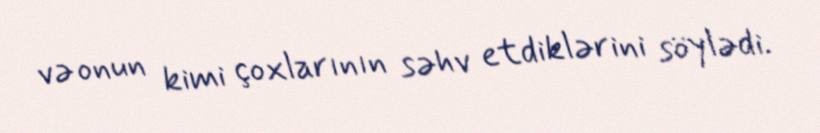
və onun kimi çoxlarının səhv etdiklərini söylədi.